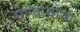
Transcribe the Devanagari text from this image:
घेण्यायोग्य